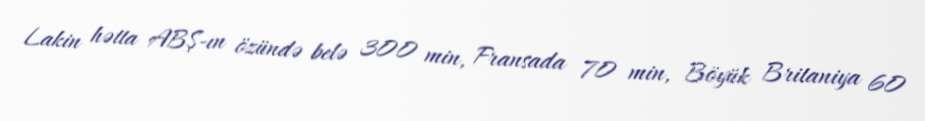
Lakin hətta ABŞ-ın özündə belə 300 min, Fransada 70 min, Böyük Britaniya 60